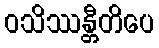
ဝသိဿန္တီတိပေ